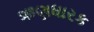
ઋણધારક